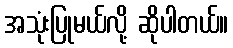
အသုံးပြုမယ်လို့ ဆိုပါတယ်။